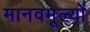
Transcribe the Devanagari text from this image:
मानवमूल्यों